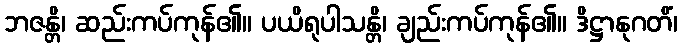
ဘဇန္တိ၊ ဆည်းကပ်ကုန်၏။ ပယိရုပါသန္တိ၊ ချည်းကပ်ကုန်၏။ ဒိဋ္ဌာနုဂတိံ၊